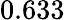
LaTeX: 0.633